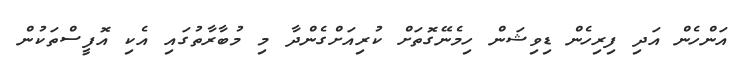
އަންހެން އަދި ފިރިހެން ޑިވިޝަން ހިމެނޭގޮތަށް ކުރިއަށްގެންދާ މި މުބާރާތުގައި އެކި އޮފީސްތަކުން